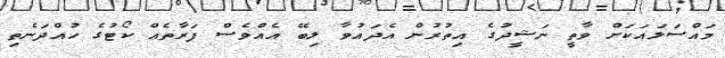
މައްސަލައަކަށް ވާތީ ނަޝީދުގެ އިތުރުން އެދައުވާ ލިބޭ އެއްވެސް ފަރާތެއް ކޯޓުގެ ހުއްދަނެތި